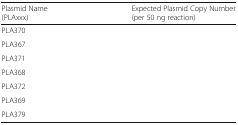
<table><thead><tr><td><b>Plasmid Name (PLAxxx)</b></td><td><b>Expected Plasmid Copy Number (per 50 ng reaction)</b></td></tr></thead><tbody><tr><td>PLA370</td><td>[EMPTY_CELL]</td></tr><tr><td>PLA367</td><td>[EMPTY_CELL]</td></tr><tr><td>PLA371</td><td>[EMPTY_CELL]</td></tr><tr><td>PLA368</td><td>[EMPTY_CELL]</td></tr><tr><td>PLA372</td><td>[EMPTY_CELL]</td></tr><tr><td>PLA369</td><td>[EMPTY_CELL]</td></tr><tr><td>PLA379</td><td>[EMPTY_CELL]</td></tr></tbody></table>